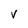
Character: V